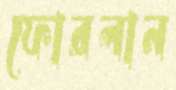
ফোরলান